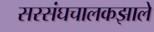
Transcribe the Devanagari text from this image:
सरसंघचालकझाले